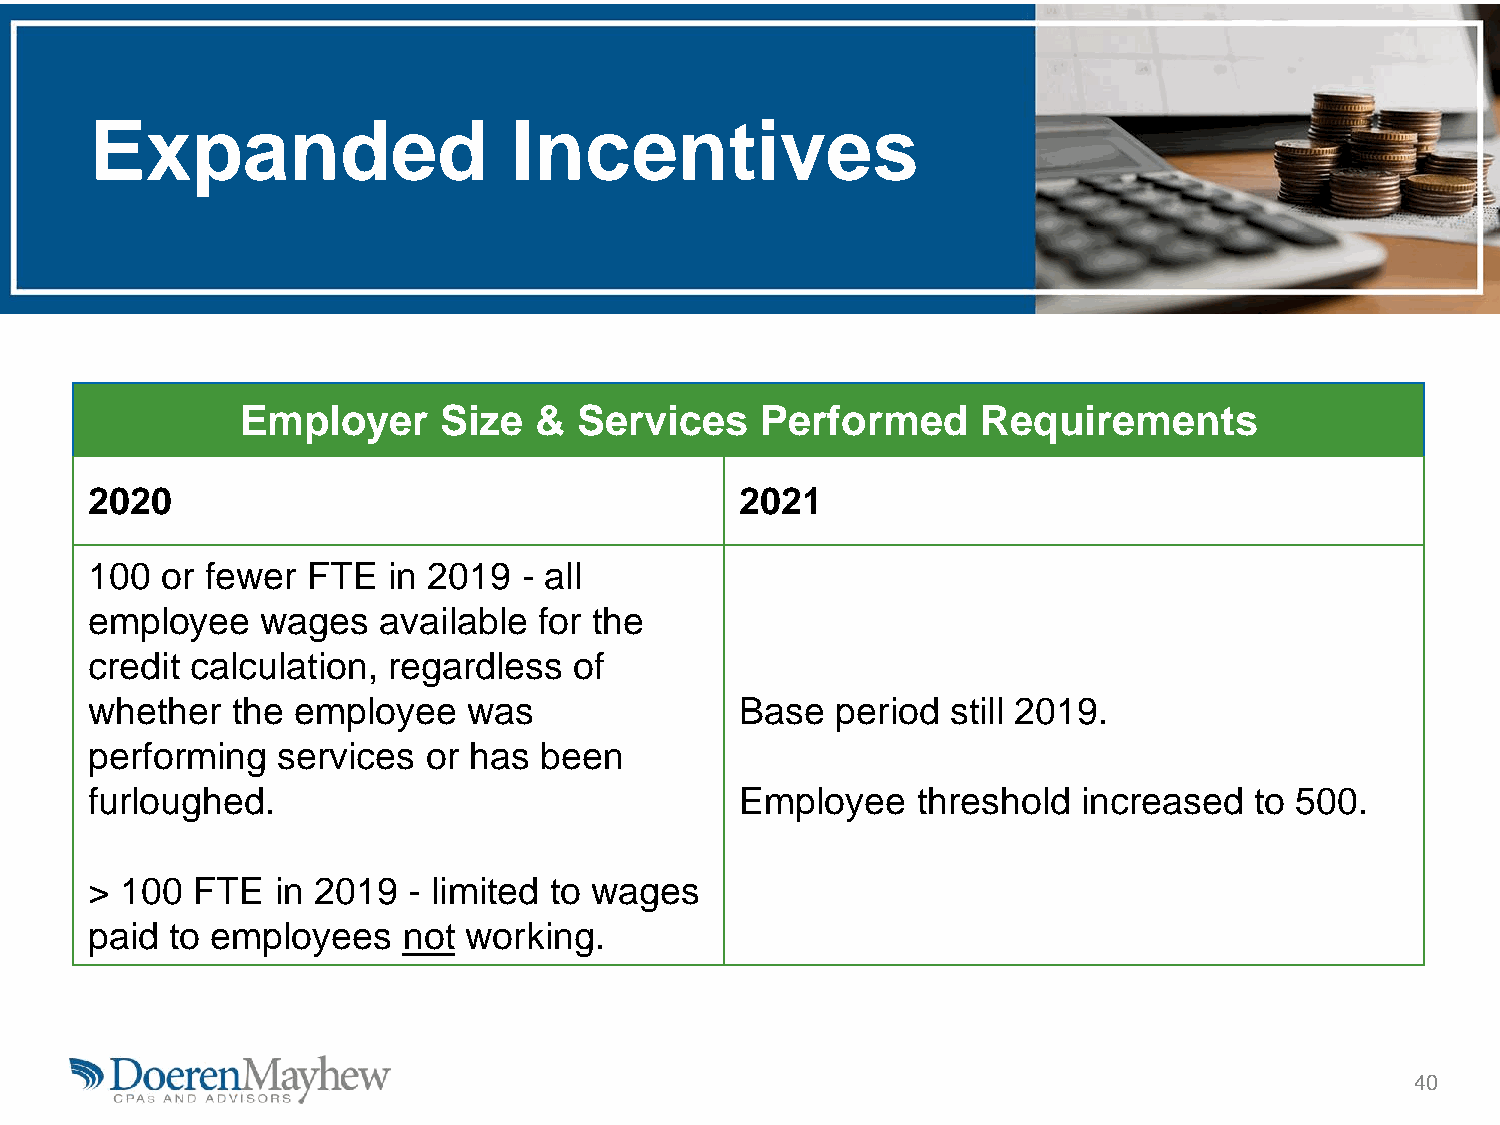
Expanded                    Incentives
 Employer     Size  &  Services    Performed      Requirements
 2020                                       2021
 100  or fewer FTE   in 2019  - all
 employee   wages   available  for the
 credit calculation, regardless  of
 whether  the employee    was               Base  period  still 2019.
 performing  services  or has  been
 furloughed.                                Employee    threshold  increased  to 500.
 > 100  FTE  in 2019  - limited to wages
 paid to employees    not working.
 40